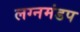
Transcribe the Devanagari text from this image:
लग्नमंडप